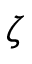
\zeta